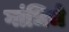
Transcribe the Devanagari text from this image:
गांधिचे